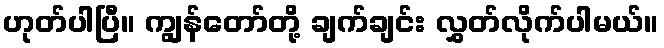
ဟုတ်ပါပြီ။ ကျွန်တော်တို့ ချက်ချင်း လွှတ်လိုက်ပါမယ်။